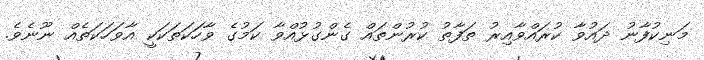
މަނިކުފާނު ދައުވާ ކުރައްވާއިރު ތަފާތު ކުރުންތައް ގެންގުޅުއްވާ ކަމުގެ ވާހަކަތަކަކީ އާވަހަކަތެއް ނޫނެވެ.